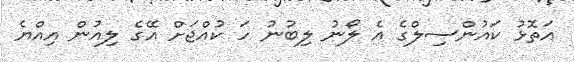
އަތޮޅު ކައުންސިލްގެ އެ ލޯނު ލިބުނު ހަ ކުއްޖަށް އޭގެ ލިއުން އިއްޔެ